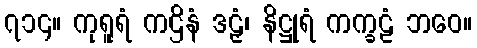
၇၁၄။ ကုရူရံ ကဌိနံ ဒဠှံ၊ နိဋ္ဌုရံ ကက္ခဠံ ဘဝေ။